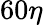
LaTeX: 60\eta